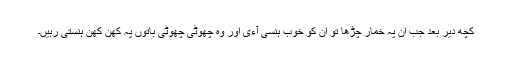
کچھ دیر بعد جب ان پہ خمار چڑھا تو ان کو خوب ہنسی آءی اور وہ چھوٹی چھوٹی باتوں پہ کھن کھن ہنستی رہیں۔